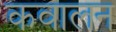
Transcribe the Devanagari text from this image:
कवालन